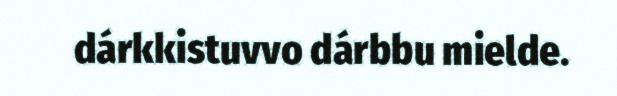
dárkkistuvvo dárbbu mielde.